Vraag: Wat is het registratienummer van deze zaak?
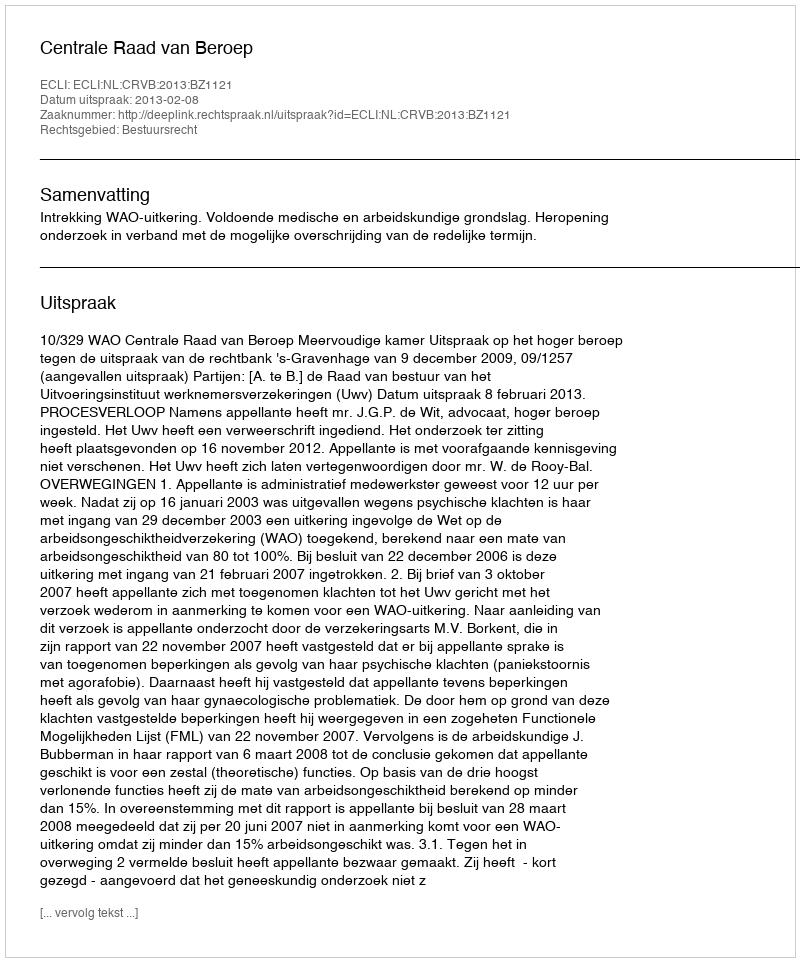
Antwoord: http://deeplink.rechtspraak.nl/uitspraak?id=ECLI:NL:CRVB:2013:BZ1121